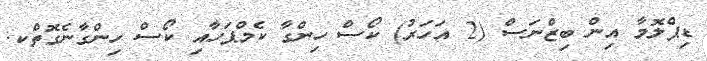
ޑިޕްލޮމާ އިން ބިޒްނަސް (2 އަހަރު) ކޯސް ހިންގާ ކެމްޕަހާއި ކޯސް ހިންގާނެގޮތްކ.